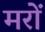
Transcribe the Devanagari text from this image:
मरों